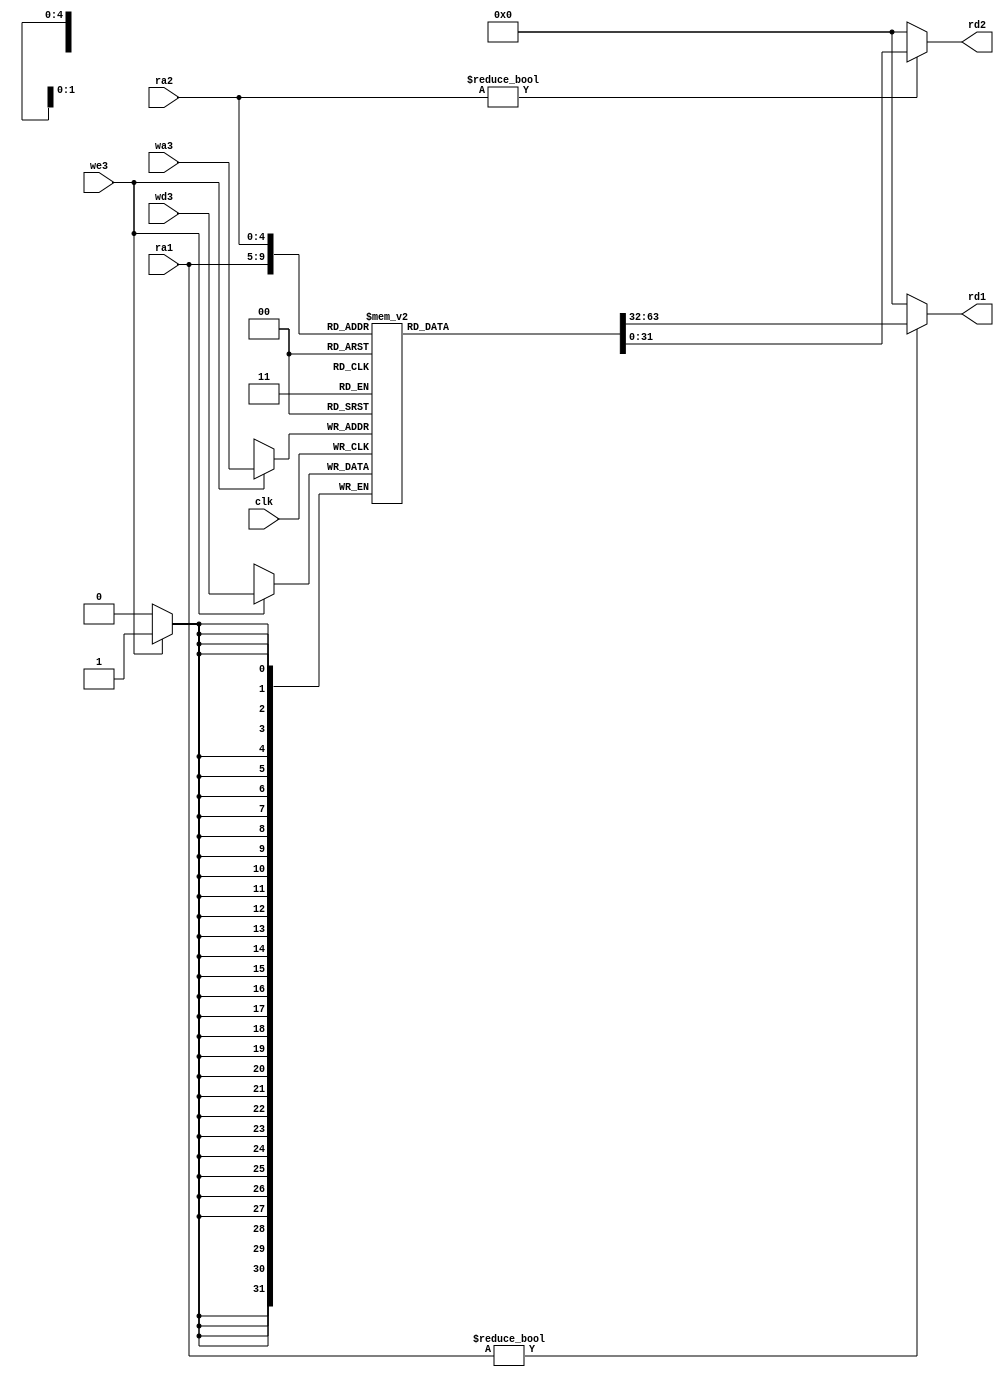
`timescale 1ns / 1ps
module regfile(
	input wire clk,
	input wire we3,
	input wire [4:0] ra1, ra2, wa3,
	input wire [31:0] wd3,
	output wire [31:0] rd1, rd2);

	reg [31:0] rf[31:0];
// three ported register file
// read two ports combinationally
// write third port on rising edge of clk
// register 0 hardwired to 0
// note: for pipelined processor, write third port
// on falling edge of clk
	always@(posedge clk)begin
		if (we3) rf[wa3] <= wd3;
	end
	
	assign rd1 = (ra1 != 0) ? rf[ra1] : 0;
	assign rd2 = (ra2 != 0) ? rf[ra2] : 0;
endmodule